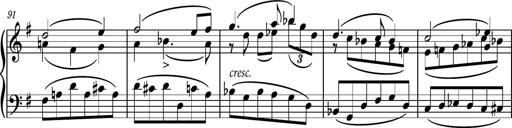
Title: Piano Sonatina No.7
Composer: Dimitri Sykias
Key: G major